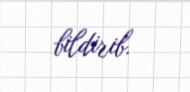
bildirib.